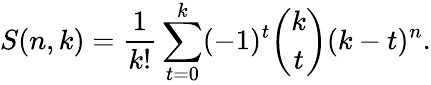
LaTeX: S(n,k)={\frac{1}{k!}}\sum_{t=0}^{k}(-1)^{t}{\binom{k}{t}}(k-t)^{n}.